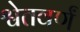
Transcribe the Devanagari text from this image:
श्वेतवर्णं